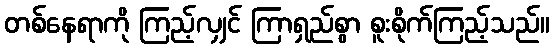
တစ်နေရာကို ကြည့်လျှင် ကြာရှည်စွာ စူးစိုက်ကြည့်သည်။